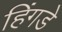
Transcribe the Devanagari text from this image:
हिंगडे